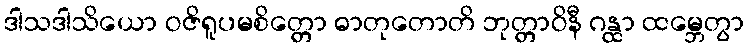
ဒါသဒါသိယော ဝဇိရူပမစိတ္တော ဓာတုတောတိ ဘုတ္တာဝိနီ ဂန္ထာ ထမ္ဘေတွာ